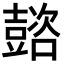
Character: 𡕆